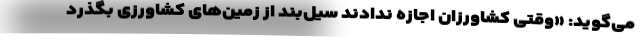
می‌گوید: «وقتی کشاورزان اجازه ندادند سیل‌بند از زمین‌های کشاورزی بگذرد